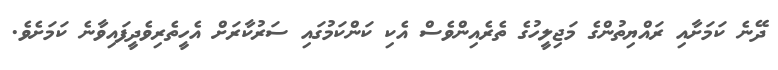
ދޭނެ ކަމަށާއި ރައްޔިތުންގެ މަޖިލީހުގެ ތެރެއިންވެސް އެކި ކަންކަމުގައި ސަރުކާރަށް އެހީތެރިވެދީފައިވާނެ ކަމަށެވެ.